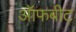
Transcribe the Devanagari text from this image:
ऑफबीट